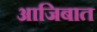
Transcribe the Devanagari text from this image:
आजिबात